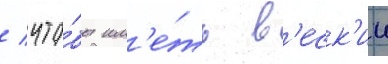
/ что́бы им'е́ть в'еск'ии